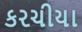
કરચીયા